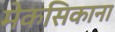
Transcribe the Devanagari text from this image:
मेकसिकाना